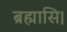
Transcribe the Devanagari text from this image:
ब्रह्मासि।